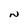
Character: N